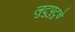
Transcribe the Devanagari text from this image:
लुटुपुटुचे